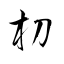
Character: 朷